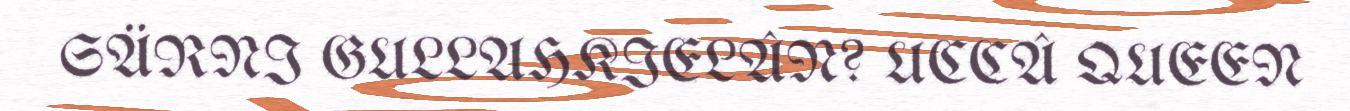
SÄRNI GULLAHKIELÂN? UCCÂ QUEEN